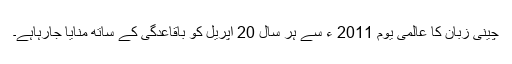
چینی زبان کا عالمی یوم 2011 ء سے ہر سال 20 اپریل کو باقاعدگی کے ساتھ منایا جارہاہے۔